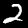
Label: 2